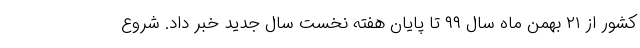
کشور از ۲۱ بهمن ماه سال ۹۹ تا پایان هفته نخست سال جدید خبر داد. شروع